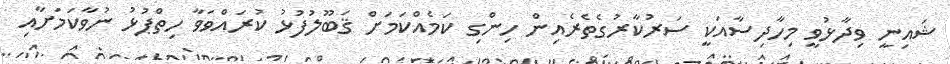
ޝައިނީ ވިދާޅުވީ މިހާދިސާއަކީ ސަރުކާރުގެތެރެއިން ހިންގި ކަމެއްކަމަށް ޤަބޫލުފުޅު ކުރައްވަވާ ހިތްޕުޅު ނުވާކަމަށާއި